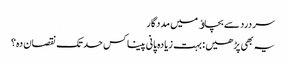
سردرد سے بچاﺅ میں مددگار
یہ بھی پڑھیں : بہت زیادہ پانی پینا کس حد تک نقصان دہ؟